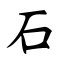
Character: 石